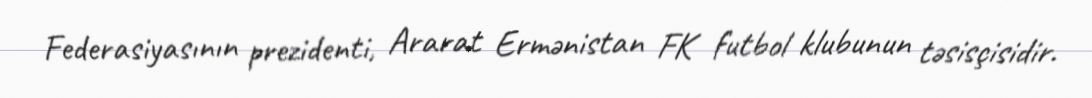
Federasiyasının prezidenti, Ararat Ermənistan FK futbol klubunun təsisçisidir.